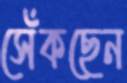
সেঁকছেন